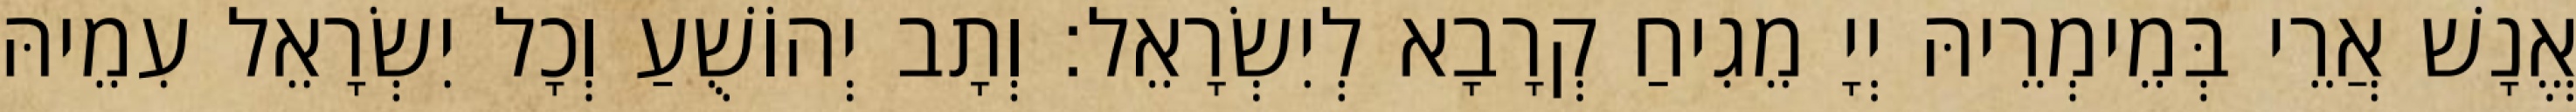
אֱנָשׁ אֲרֵי בְּמֵימְרֵיהּ יְיָ מֵגִיחַ קְרָבָא לְיִשְׂרָאֵל׃ וְתָב יְהוֹשֻׁעַ וְכָל יִשְׂרָאֵל עִמֵיהּ